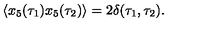
\langle x _ { 5 } ( \tau _ { 1 } ) x _ { 5 } ( \tau _ { 2 } ) \rangle = 2 \delta ( \tau _ { 1 } , \tau _ { 2 } ) .